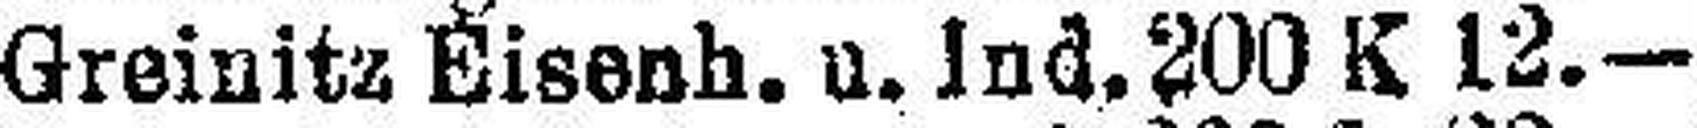
Greinitz Eisenh. u. Ind. 200 K 12.—